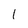
Character: 1